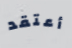
أعتقد